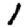
Digit: 1